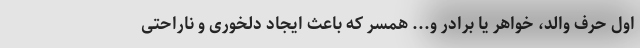
اول حرف والد، خواهر یا برادر و... همسر که باعث ایجاد دلخوری و ناراحتی